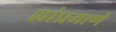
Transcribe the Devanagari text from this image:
ह्यांप्रमाणे